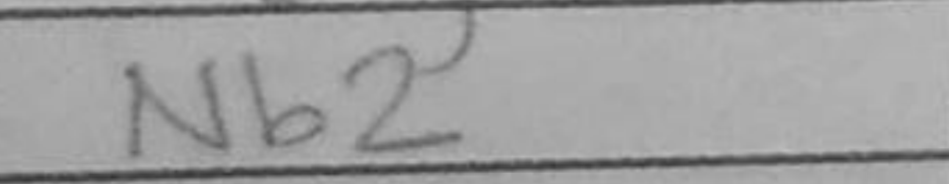
Transcription: Nb2